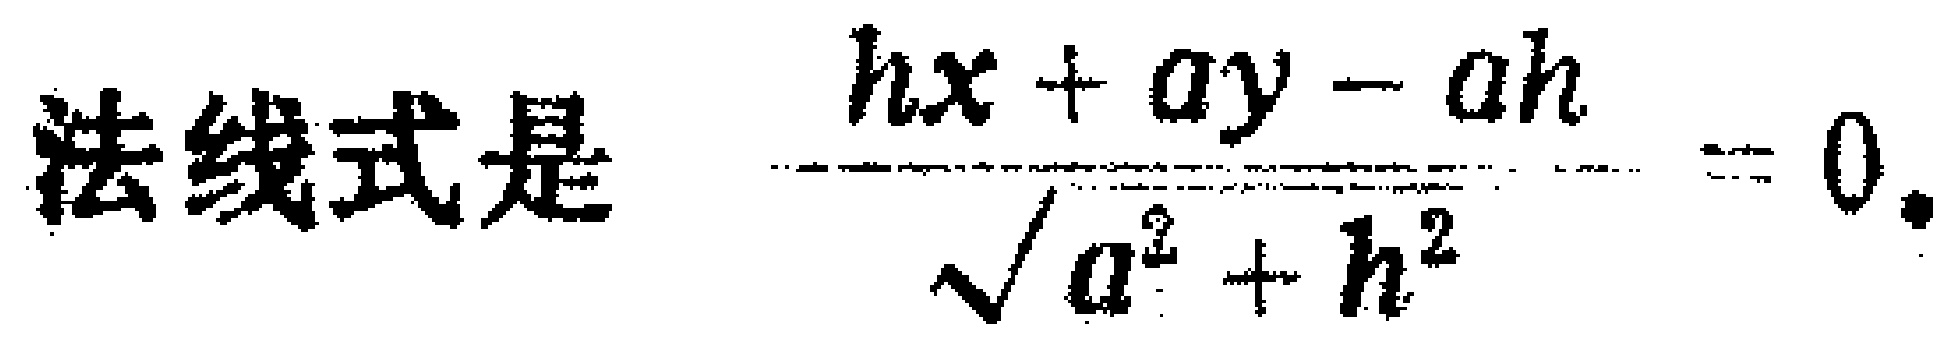
法线式是 $\frac{hx + ay - ah}{\sqrt{a^{2}+h^{2}}}=0$.